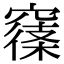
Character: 𥧽